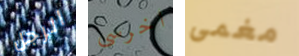
الرجل اخرسى مغمى